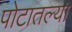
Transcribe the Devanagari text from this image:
पोटातल्या